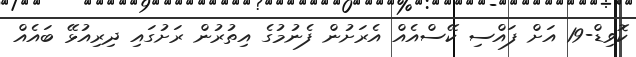
ކޮވިޑް-19 އަށް ފައްސި ކޭސްއެއް އެރަށުން ފެނުމުގެ އިތުރުން ރަށުގައި ދިރިއުޅޭ ބައެއް